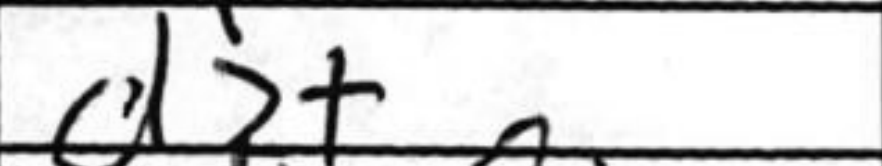
Transcription: d2+